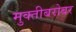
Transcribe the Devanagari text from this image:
मुक्तीबरोबर